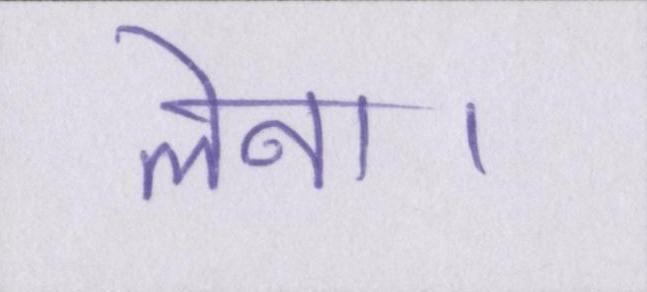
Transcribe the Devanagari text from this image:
लेना।